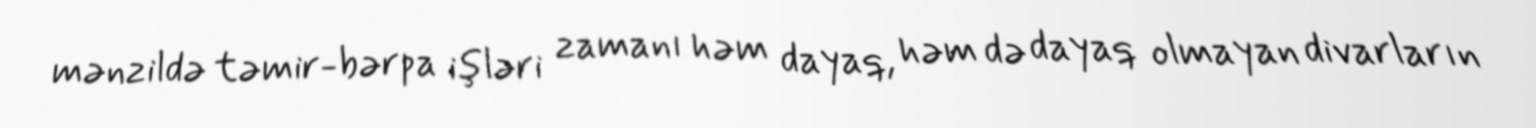
mənzildə təmir-bərpa işləri zamanı həm dayaq, həm də dayaq olmayan divarların